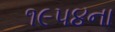
૧૯૫૪ના